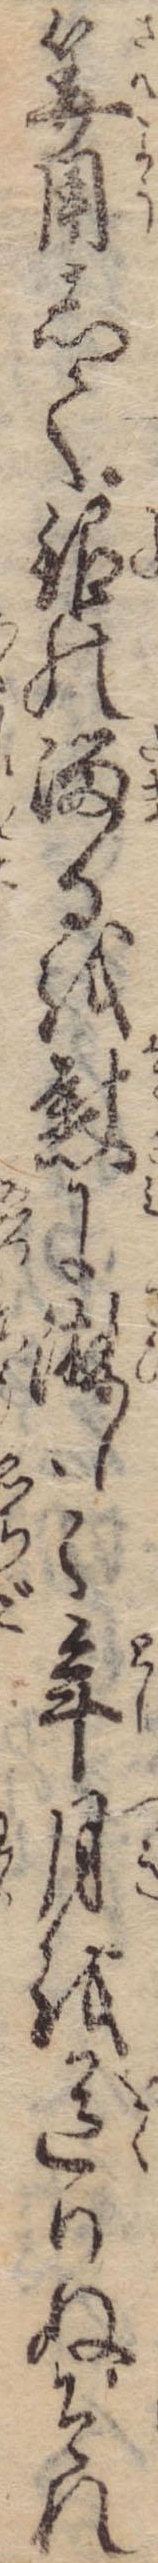
算用して銀の溜るを慰に淋しく年月を送りぬそれ